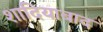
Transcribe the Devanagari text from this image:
शादियाबाद